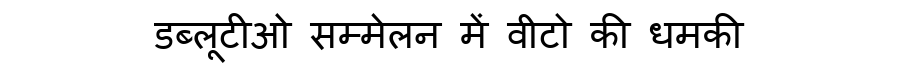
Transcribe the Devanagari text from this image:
डब्लूटीओ सम्मेलन में वीटो की धमकी